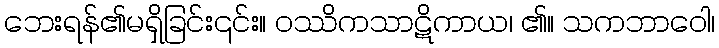
ဘေးရန်၏မရှိခြင်း၎င်း။ ဝဿိကသာဋိကာယ၊ ၏။ သကဘာဝေါ၊